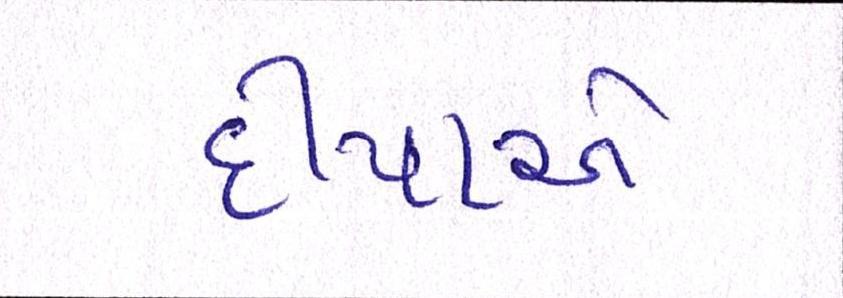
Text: દીપાએ